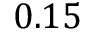
0 . 1 5